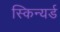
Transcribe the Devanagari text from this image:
स्किन्यर्ड